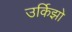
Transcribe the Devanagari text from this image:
उर्किझो